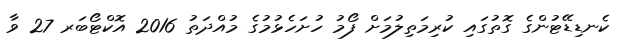
ކެނޑިޑޭޓުންގެ ގޮތުގައި ކުރިމަތިލުމަށް ފޯމު ހުށަހެޅުމުގެ މުއްދަތު 2016 އޮކްޓޯބަރ 27 ވާ